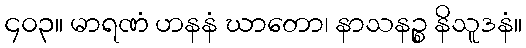
၄၀၃။ မာရဏံ ဟနနံ ဃာတော၊ နာသနဉ္စ နိသူဒနံ။